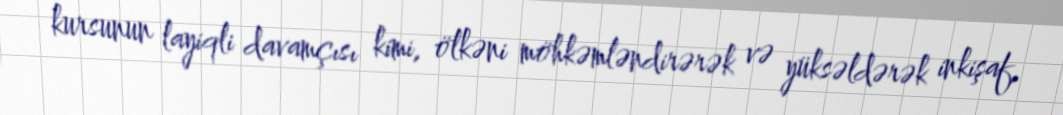
kursunun layiqli davamçısı kimi, ölkəni möhkəmləndirərək və yüksəldərək inkişaf,